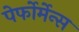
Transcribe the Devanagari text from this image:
पेर्फोर्मेन्स